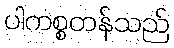
ပါကစ္စတန်သည်